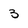
Character: 3